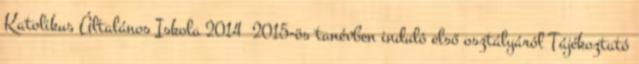
Katolikus Általános Iskola 2014 2015-ös tanévben induló első osztályáról Tájékoztató